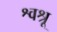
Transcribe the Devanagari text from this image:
श्वश्रू